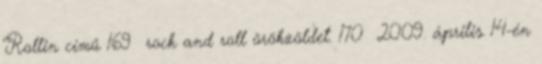
Rollin című 169 rock and roll örökzöldet. 170 2009. április 14-én